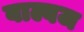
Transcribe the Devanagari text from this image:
वाल्वज